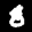
Label: 8